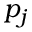
p _ { j }